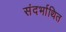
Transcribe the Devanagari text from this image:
संदर्भाथित